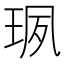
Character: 珟